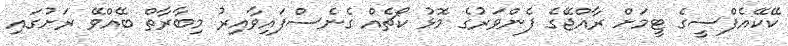
ކޭކޭއެފްސީގެ ޓީމަށް ރާއްޖޭގެ ފެންވަރުގެ މޮޅު ކޯޗެއް ގެނެސްފައިވާއިރު މިބާރާތް ބޭއްވޭ ރަށުގައި